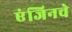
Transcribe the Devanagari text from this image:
एंजिनचे